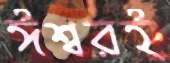
ঈশ্বরই